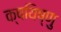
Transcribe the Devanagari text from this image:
क्षयिष्णु